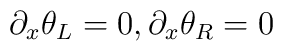
\partial_x \theta_L=0, \partial_x \theta_R=0